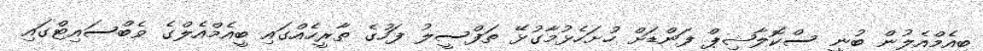
ބީއެމްއެލުން ބުނީ ސްކޮލާޝިޕް ފަންޑަށް ހުށަހެޅުމާގުޅޭ ތަފްސީލު ފަހުގެ ތާރީހެއްގައި ބީއެމްއެލްގެ ވެބްސައިޓްގައި